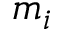
m _ { i }